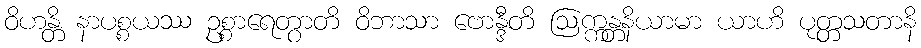
ဝိဟန္တိ နာပစ္စယဿ ဥစ္စာရေတွာတိ ဝိဘာသာ ဗောန္ဒီတိ ဩက္ကန္တနိယာမာ ယာဟိ ပုတ္တသတာနိ